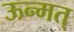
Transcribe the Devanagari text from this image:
ऊन्मत्